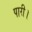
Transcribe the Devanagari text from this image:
पारी।